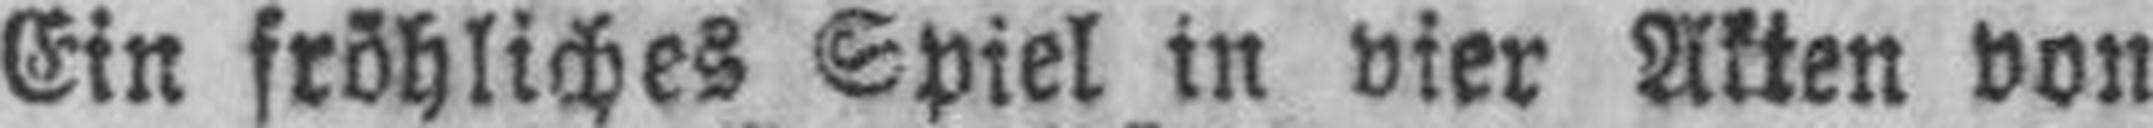
Ein fröhliches Spiel in vier Akten von